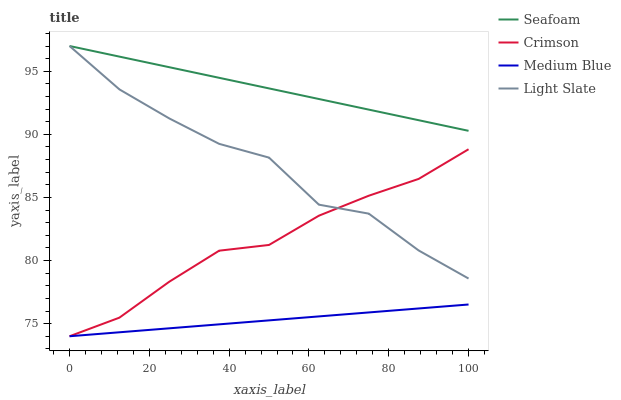
| xaxis_label | Seafoam | Crimson | Medium Blue | Light Slate |
 | --- | --- | --- | --- | --- |
 | 0 | 97 | 74 | 74 | 97 |
 | 12.5 | 96.2 | 75.5 | 74.3 | 93.6 |
 | 25 | 95.3 | 78.3 | 74.6 | 91.3 |
 | 37.5 | 94.5 | 80.8 | 74.9 | 89.2 |
 | 50 | 93.6 | 81.2 | 75.3 | 88.2 |
 | 62.5 | 92.8 | 83.6 | 75.6 | 84.4 |
 | 75 | 92 | 85.1 | 75.9 | 83.7 |
 | 87.5 | 91.1 | 86.5 | 76.2 | 80.8 |
 | 100 | 90.3 | 88.8 | 76.5 | 78.6 |